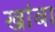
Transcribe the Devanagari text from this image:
खांबा